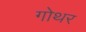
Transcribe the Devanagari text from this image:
गोथर